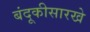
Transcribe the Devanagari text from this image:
बंदूकीसारखे